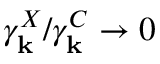
\gamma _ { \bf k } ^ { X } / \gamma _ { \bf k } ^ { C } \rightarrow 0